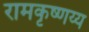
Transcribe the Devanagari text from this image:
रामकृष्णय्य